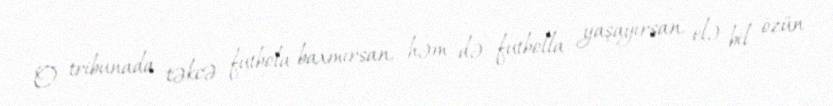
O tribunada təkcə futbola baxmırsan, həm də futbolla yaşayırsan, elə bil özün